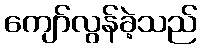
ကျော်လွန်ခဲ့သည်